Leningradi_Edasi_toimetus, lk 139
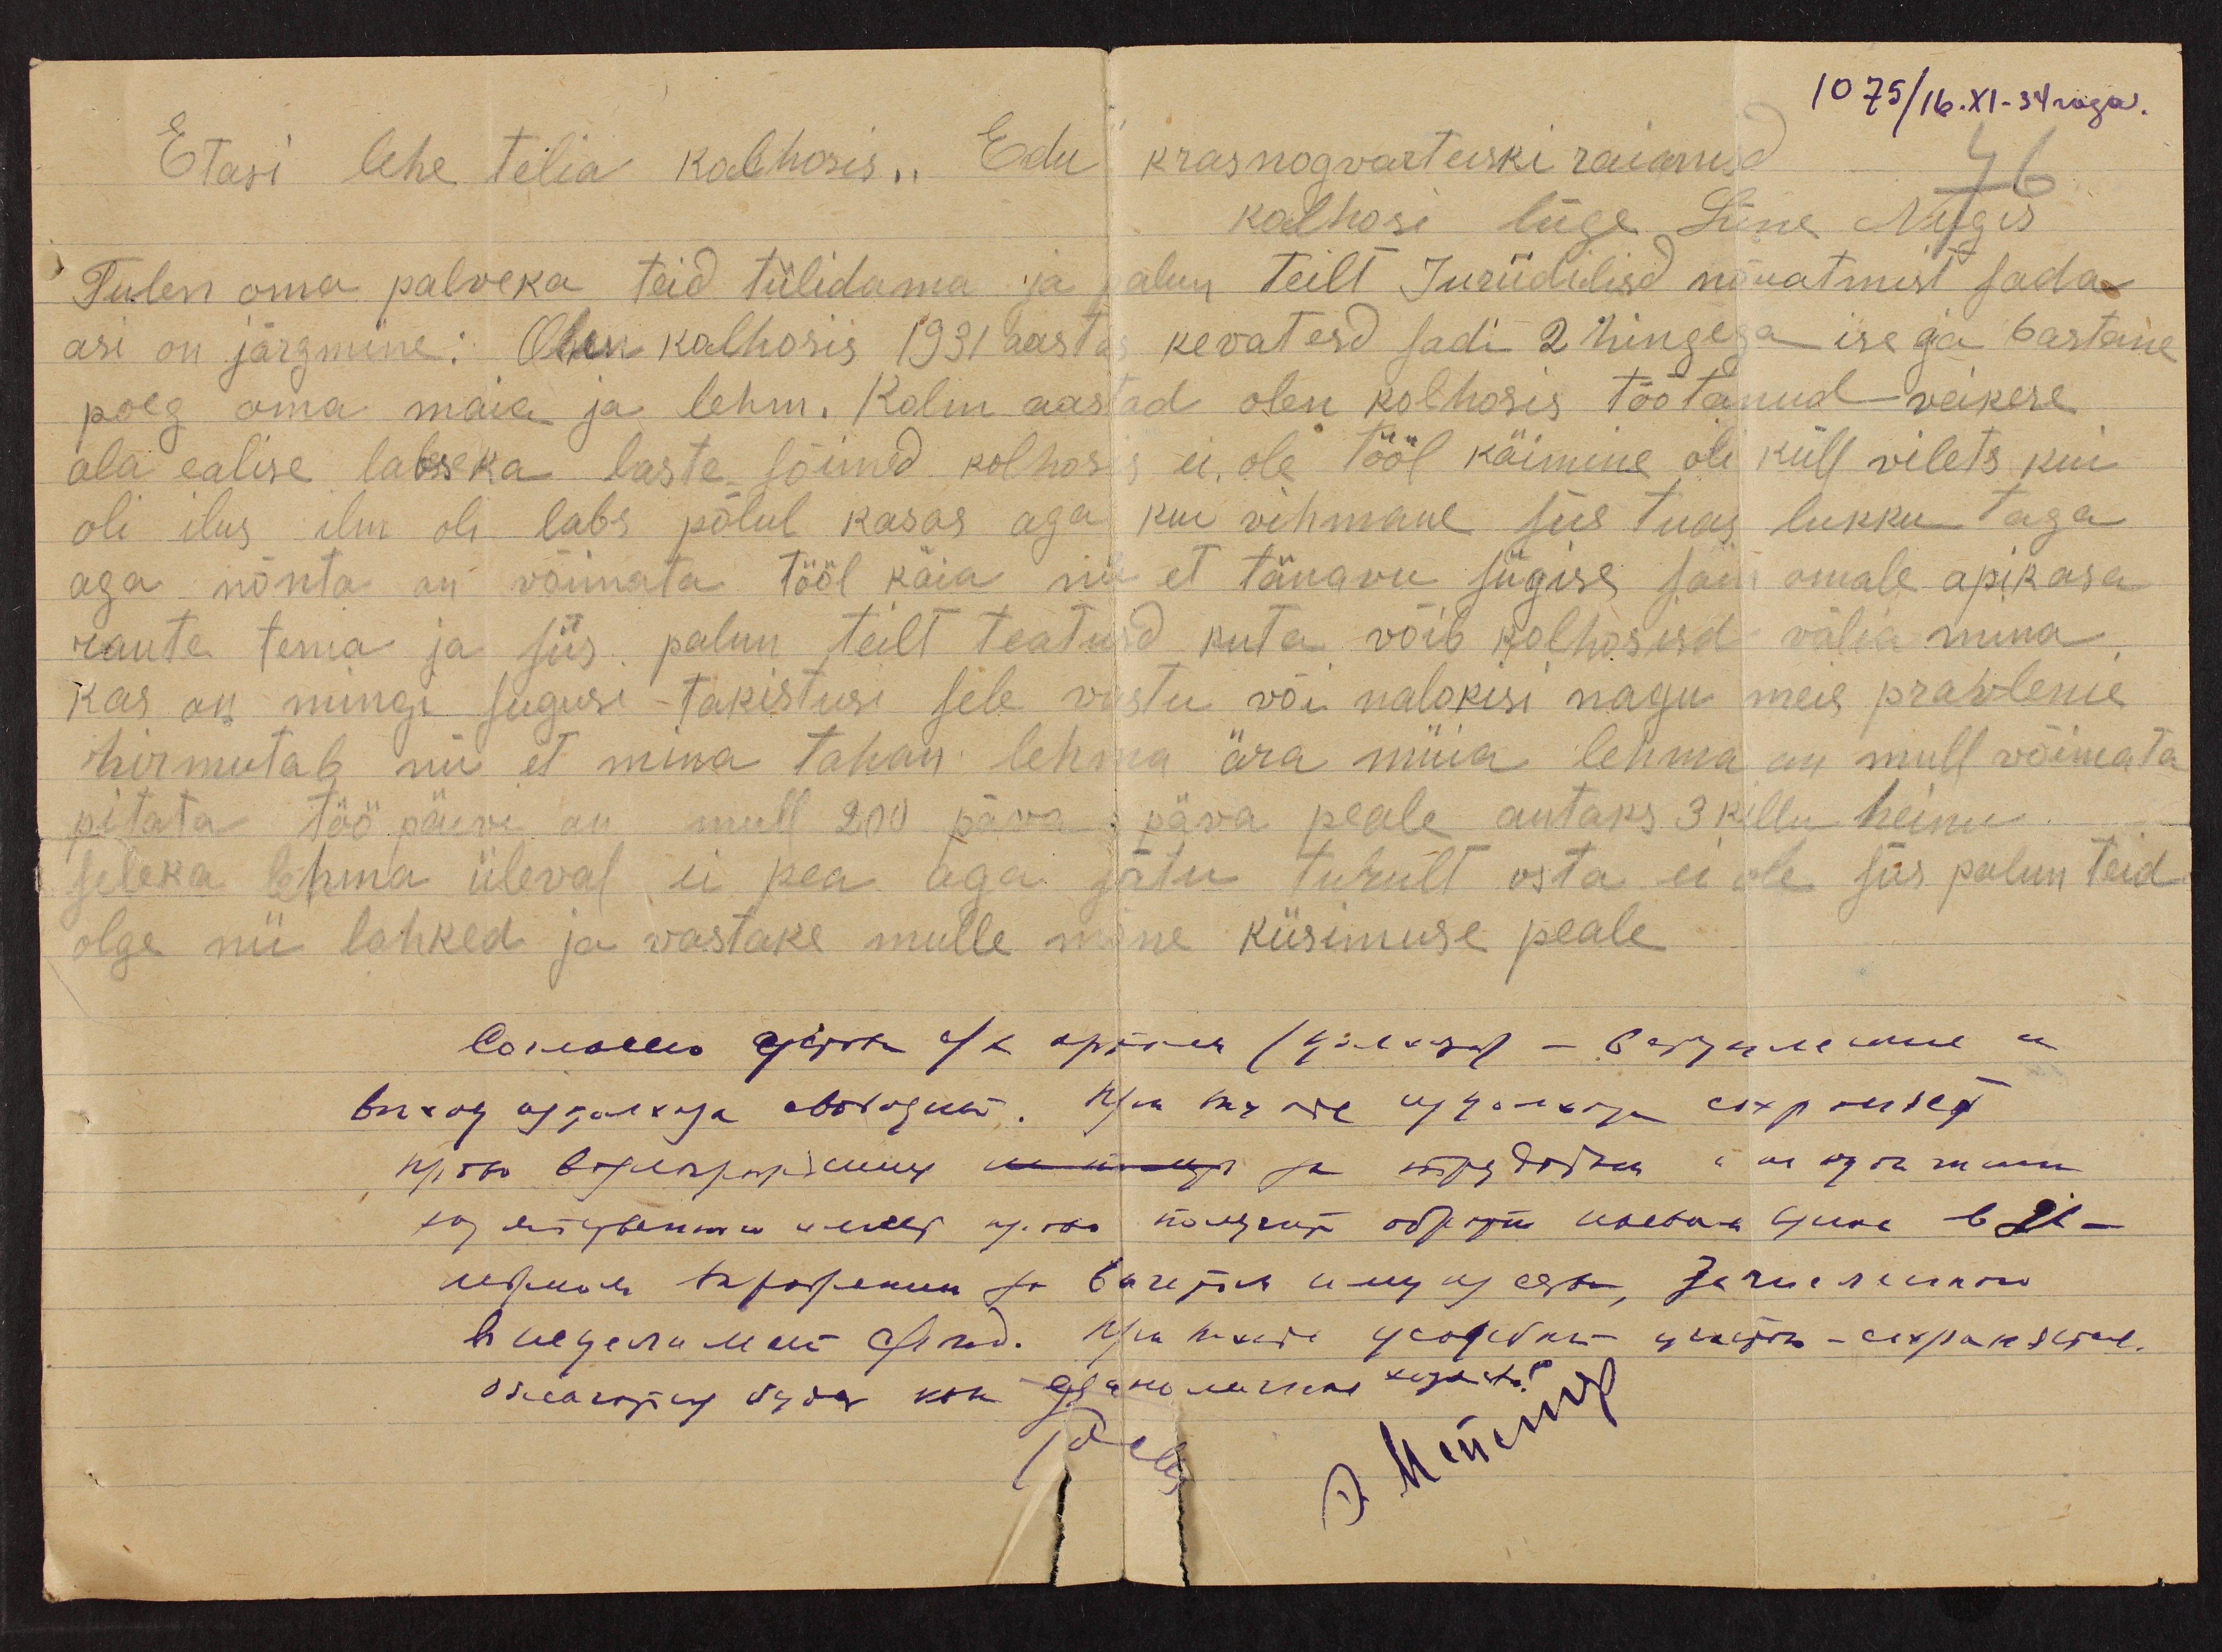
1075/16.XI-34 roga.
Etasi lehe telia kolhosis " Edu" krasnogvarteiski raianud
kalhosi liige Liine Nugis
Tulen oma palveka teid tülidama ja palun teilt Juriidilisd nõuatmist sada
asi on järgmine: Olen kalhosis 1931 aasta kevatesd sadi 2 hingega ise ja 6astane
poeg oma maia ja lehm. Kolm aastad olen kolhosis töötanud veikese
ala ealise labseka laste sõimed kolhosis ei ole tööl käimine oli küll vilets kui
oli ilus ilm oli labs põlul kasas aga kui vihmane siis tuas lukku taga
aga nõnta on võimata tööl käia nii et tänavu sügise sain omale apikasa
raute tema ja siis palun teilt teatusd kuta võib kolhosisd välia mina
kas on mingi sugusi takistusi sele vastu või nalokisi nagu meie pravlenie
hirmutab nii et mina tahan lehma ära müia lehma on mull võimata
pitata töö päevi on mull 200 päva päva päva peale antaks 3 killu heinu
seleka lehma üleval ei pea aga jätu turult osta ei ole siis palun teid
olge nii lahked ja vastake mulle mõne küsimuse peale